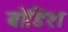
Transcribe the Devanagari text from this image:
बोडिश